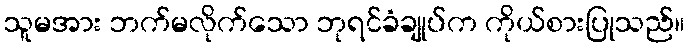
သူမအား ဘက်မလိုက်သော ဘုရင်ခံချုပ်က ကိုယ်စားပြုသည်။